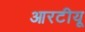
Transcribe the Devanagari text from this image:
आरटीयू